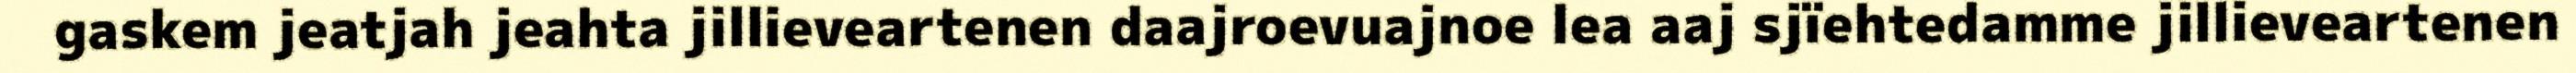
gaskem jeatjah jeahta jillieveartenen daajroevuajnoe lea aaj sjïehtedamme jillieveartenen